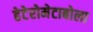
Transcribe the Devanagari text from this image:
हेटेरोमेटाबोला